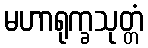
မဟာရုက္ခသုတ္တံ